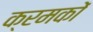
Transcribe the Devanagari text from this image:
क्रमकों